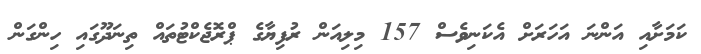
ކަމަށާއި އަންނަ އަހަރަށް އެކަނިވެސް 157 މިލިއަން ރުފިޔާގެ ޕްރޮޖެކްޓުތައް ތިނަދޫގައި ހިންގަން